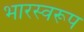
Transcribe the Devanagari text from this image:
भारस्वरूप